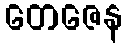
တေဇေန